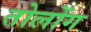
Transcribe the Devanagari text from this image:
तोलोंग